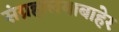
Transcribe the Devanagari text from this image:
संग्रहालयाबाहेर